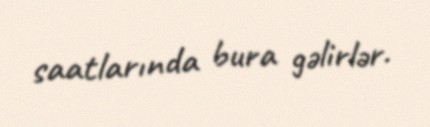
saatlarında bura gəlirlər.